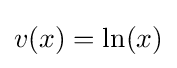
v(x)=\ln(x)